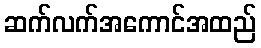
ဆက်လက်အကောင်အထည်